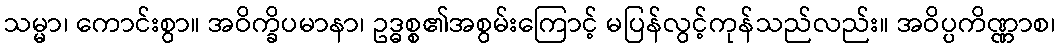
သမ္မာ၊ ကောင်းစွာ။ အဝိက္ခိပမာနာ၊ ဥဒ္ဓစ္စ၏အစွမ်းကြောင့် မပြန်လွင့်ကုန်သည်လည်း။ အဝိပ္ပကိဏ္ဏာစ၊